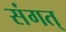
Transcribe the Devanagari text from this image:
संगत्